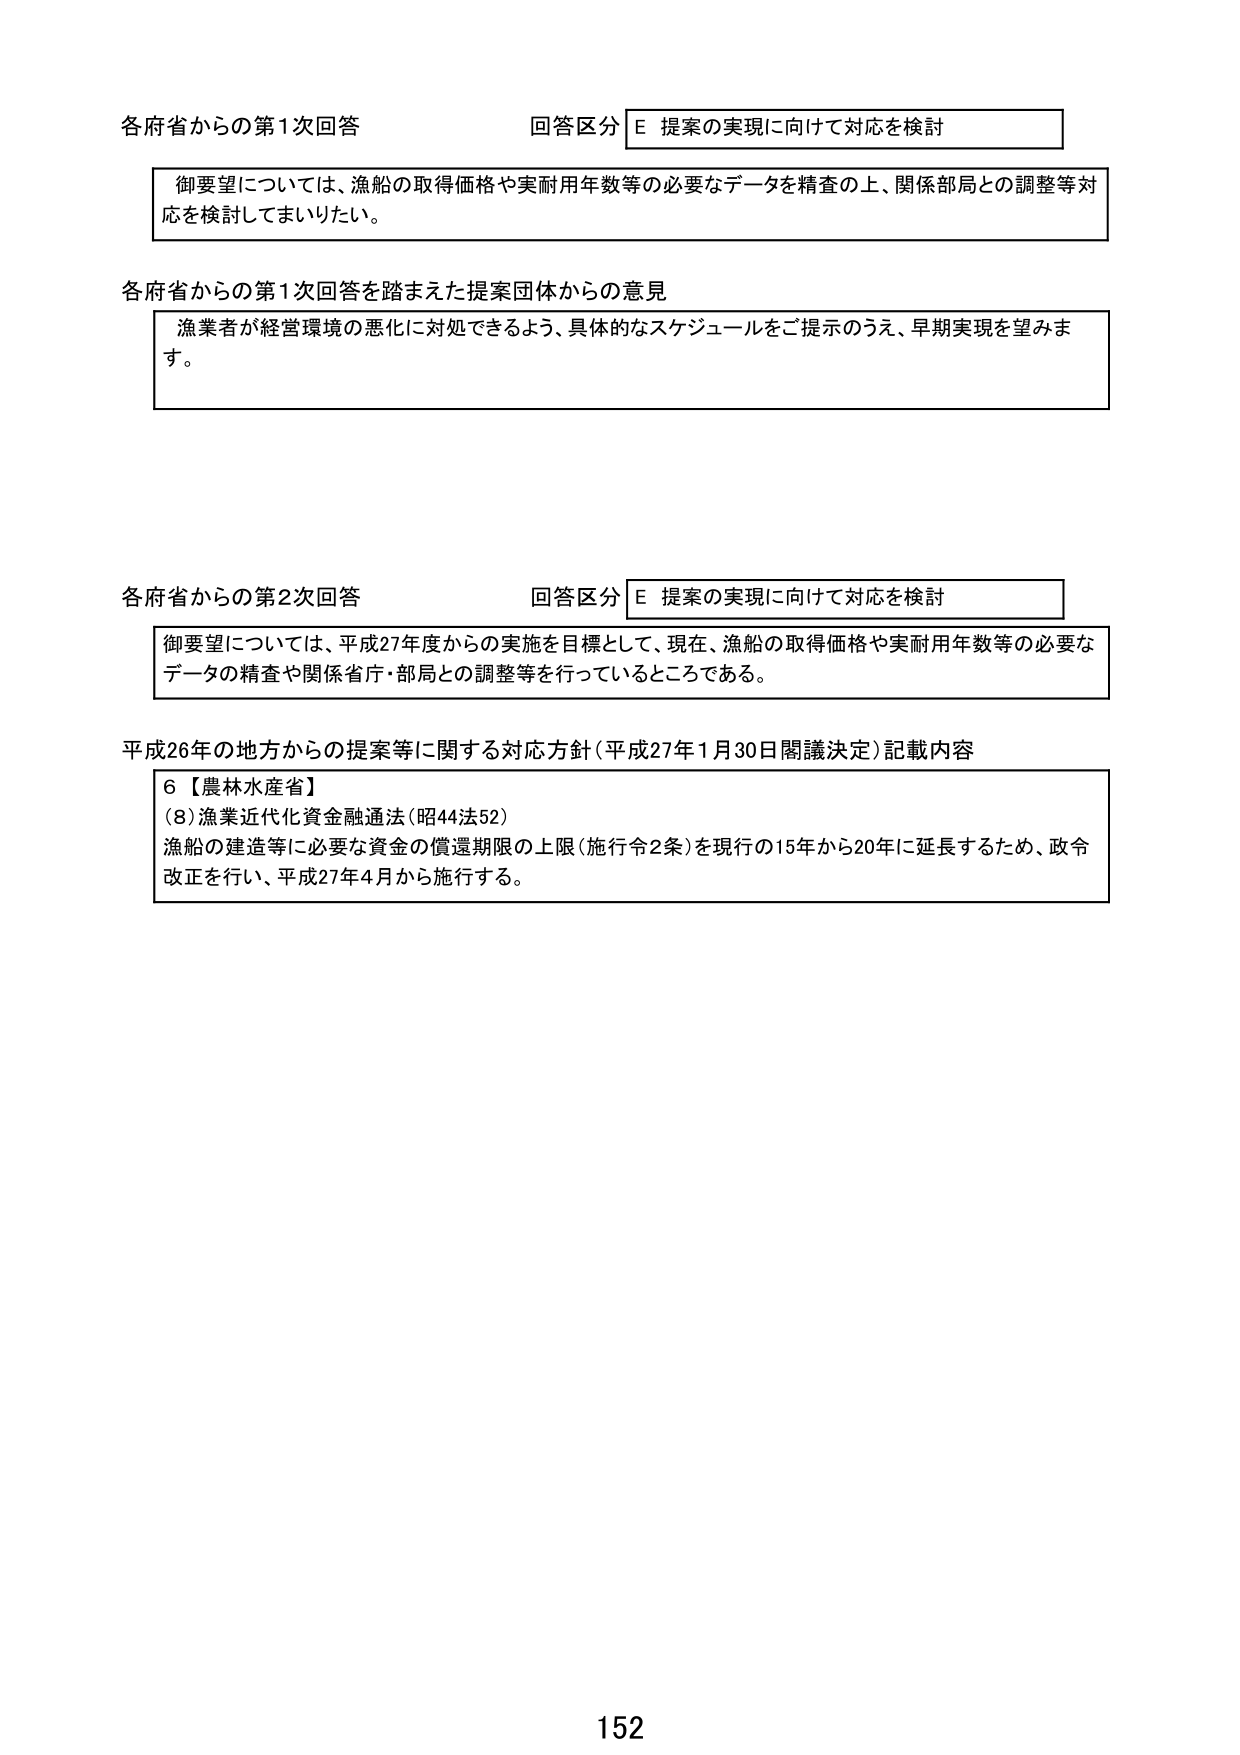
各府省からの第1次回答 回答区分 E 提案の実現に向けて対応を検討
御要望については、漁船の取得価格や実耐用年数等の必要なデータを精査の上、関係部局との調整等対応を検討してまいりたい。

各府省からの第1次回答を踏まえた提案団体からの意見
漁業者が経営環境の悪化に対処できるよう、具体的なスケジュールをご提示のうえ、早期実現を望みます。

各府省からの第2次回答 回答区分 E 提案の実現に向けて対応を検討
御要望については、平成27年度からの実施を目標として、現在、漁船の取得価格や実耐用年数等の必要なデータの精査や関係省庁・部局との調整等を行っているところである。

平成26年の地方からの提案等に関する対応方針（平成27年1月30日閣議決定）記載内容
6【農林水産省】
(8)漁業近代化資金融通法（昭44法52）
漁船の建造等に必要な資金の償還期限の上限（施行令2条）を現行の15年から20年に延長するため、政令改正を行い、平成27年4月から施行する。

152